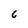
Character: 6